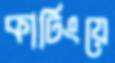
কাটিংয়ে